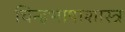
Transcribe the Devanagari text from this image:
चिन्हभाषाशास्त्र